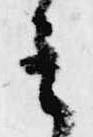
ミ